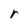
Character: r